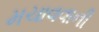
મચાવવાની